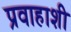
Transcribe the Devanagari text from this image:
प्रवाहाशी